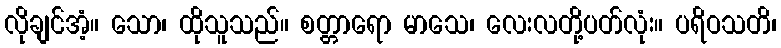
လိုချင်အံ့။ သော၊ ထိုသူသည်။ စတ္တာရော မာသေ၊ လေးလတို့ပတ်လုံး။ ပရိဝသတိ၊